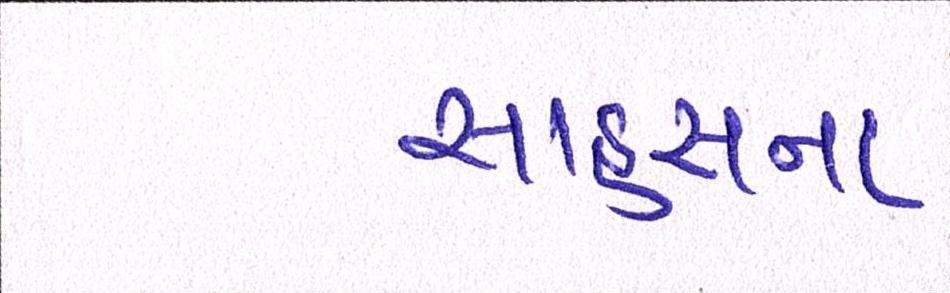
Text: સાહસના